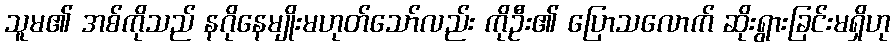
သူမ၏ အစ်ကိုသည် နဂိုနေမျိုးမဟုတ်သော်လည်း ကိုဦး၏ ပြောသလောက် ဆိုးရွားခြင်းမရှိဟု